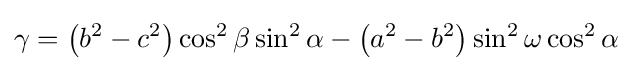
\gamma ={\bigl (}b^{2}-c^{2}{\bigr )}\cos ^{2}\beta \sin ^{2}\alpha -{\bigl (}a^{2}-b^{2}{\bigl )}\sin ^{2}\omega \cos ^{2}\alpha